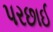
પરછાઈ